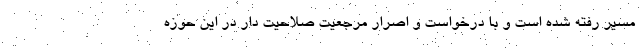
مسیر رفته شده است و با درخواست و اصرار مرجعیت صلاحیت دار در این حوزه